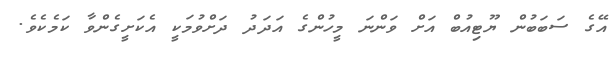
އޭގެ ސަބަބުން ޔޫޓިއުބް އަށް ވަންނަ މީހުންގެ އަދަދު ދަށްވުމަކީ އެކަށީގެންވާ ކަމެކެވެ.